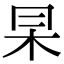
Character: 𠕖